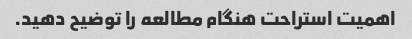
اهمیت استراحت هنگام مطالعه را توضیح دهید.